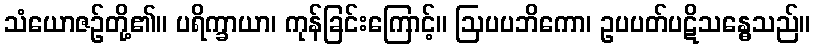
သံယောဇဉ်တို့၏။ ပရိက္ခာယာ၊ ကုန်ခြင်းကြောင့်။ ဩပပဘိကော၊ ဥပပတ်ပဋိသန္ဓေသည်။